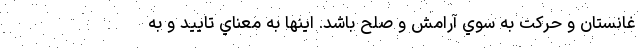
غانستان و حركت به سوي آرامش و صلح باشد. اينها به معناي تاييد و به